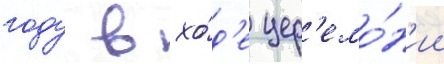
году в хо́д'е цер'емо́н'ии